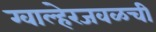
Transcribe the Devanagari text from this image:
ग्वाल्हेरजवळची